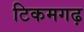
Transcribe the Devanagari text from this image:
टिकमगढ़